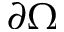
\partial \Omega